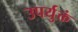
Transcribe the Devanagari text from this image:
उपर्युक्तं